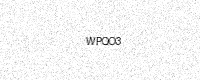
Text: WPQO3